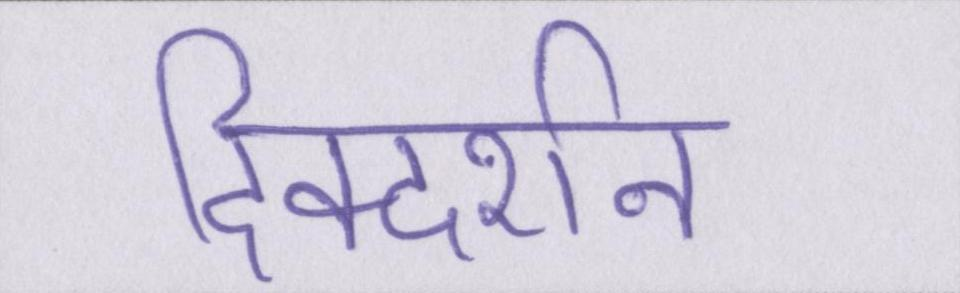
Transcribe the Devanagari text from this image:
दिक्दर्शन